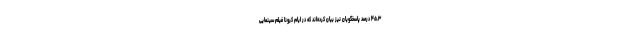
۴۵.۳ درصد پاسخگویان نیز بیان کرده‌اند که در ایام کرونا فیلم سینمایی